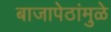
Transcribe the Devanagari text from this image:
बाजापेठांमुळे